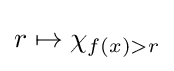
r\mapsto \chi _{f(x)>r}